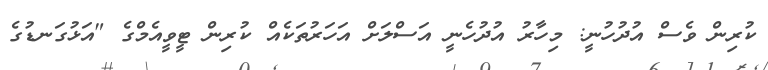
ކުރިން ވެސް އުދުހުނީ: މިހާރު އުދުހެނީ އަސްލަށް އަހަރުތަކެއް ކުރިން ޓީވީއެމްގެ "އަޅުގަނޑުގެ